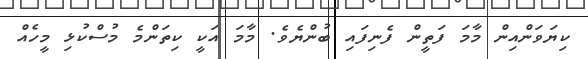
ކިޔަވަންއިން މާމަ ފަތީން ފެނިފައި ބުންޔެވެ. މާމަ އަކީ ކިތަންމެ މުސްކުޅި މީހެއް